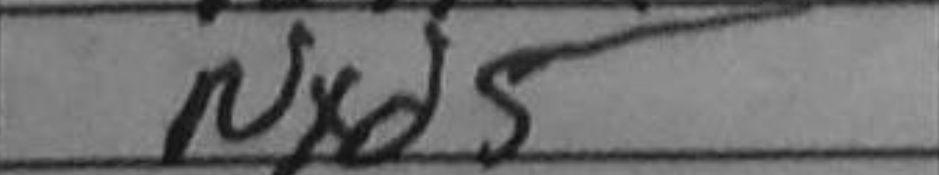
Transcription: Nxd5